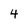
Character: 4